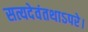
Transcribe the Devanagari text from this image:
सत्यदेवंतथाऽपरे।